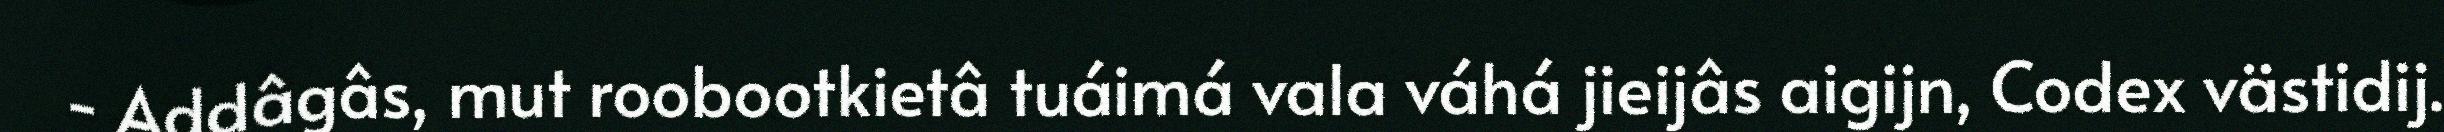
- Addâgâs, mut roobootkietâ tuáimá vala váhá jieijâs aigijn, Codex västidij.